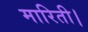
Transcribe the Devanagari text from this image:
मारिती।